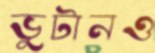
ভুটানও